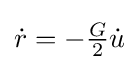
{\textstyle {\dot {r}}=-{\frac {G}{2}}{\dot {u}}}